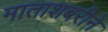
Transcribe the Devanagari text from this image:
माताशबरीने